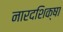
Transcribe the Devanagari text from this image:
नारदशिक्षा